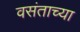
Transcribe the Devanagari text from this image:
वसंताच्या